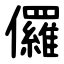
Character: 儸